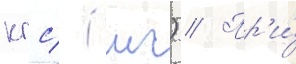
кгс/ (мч) // Пр'и́